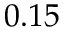
0 . 1 5